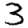
Digit: 3